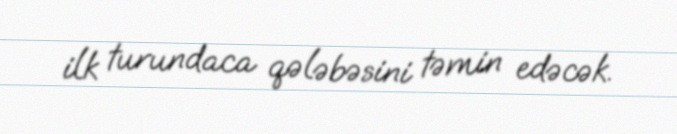
ilk turundaca qələbəsini təmin edəcək.